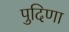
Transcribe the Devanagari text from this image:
पुदिणा